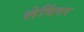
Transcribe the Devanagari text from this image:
लेविंगर